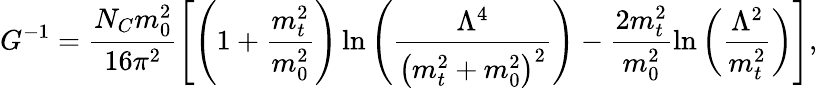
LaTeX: G^{-1}=\frac{N_{C}m_{0}^{2}}{16\pi^{2}}\left[\left(1+{\frac{m_{t}^{2}}{m_{0}^{2}}}\right)\ln{\left(\frac{\Lambda^{4}}{\left(m_{t}^{2}+m_{0}^{2}\right)^{2}}\right)}-\frac{2m_{t}^{2}}{m_{0}^{2}}\ln{\left(\frac{\Lambda^{2}}{m_{t}^{2}}\right)}\right],